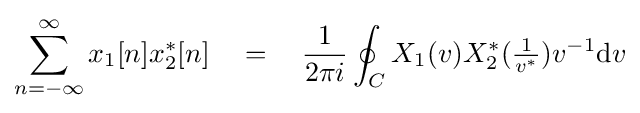
\sum _{n=-\infty }^{\infty }x_{1}[n]x_{2}^{*}[n]\quad =\quad {\frac {1}{2\pi i}}\oint _{C}X_{1}(v)X_{2}^{*}({\tfrac {1}{v^{*}}})v^{-1}\mathrm {d} v